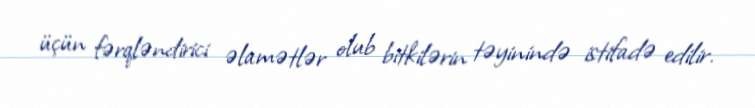
üçün fərqləndirici əlamətlər olub bitkilərin təyinində istifadə edilir.